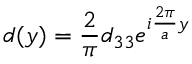
d ( y ) = \frac { 2 } { \pi } d _ { 3 3 } e ^ { i \frac { 2 \pi } { a } y }